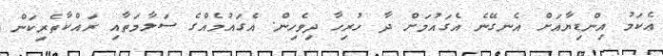
ޢެކަމު އިންޑިޔާއަށް އެނގޭނެ އެގައުމަށް ދާ ހުރިހާ ދިވެހިން. އެގައުމެއްގެ ސަލާމަތާއި ރައްކާތެރިކަން